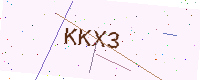
Text: KKX3